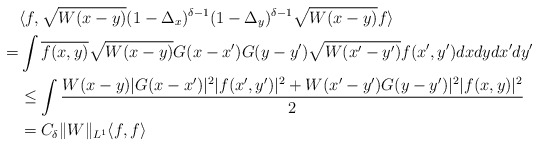
\begin{align*}&\langle f, \sqrt{W(x-y)} (1-\Delta_x)^{\delta-1} (1-\Delta_y)^{\delta-1} \sqrt{W(x-y)} f\rangle \\ =& \int \overline{f(x,y)} \sqrt{W(x-y)} G(x-x') G(y-y') \sqrt{W(x'-y')} f(x',y') dxdydx'dy' \\ &\le \int \frac{W(x-y) |G(x-x')|^2 |f(x',y')|^2 + W(x'-y') G(y-y')|^2 |f(x,y)|^2 }{2} \\& = C_\delta \|W\|_{L^1} \langle f, f \rangle\end{align*}